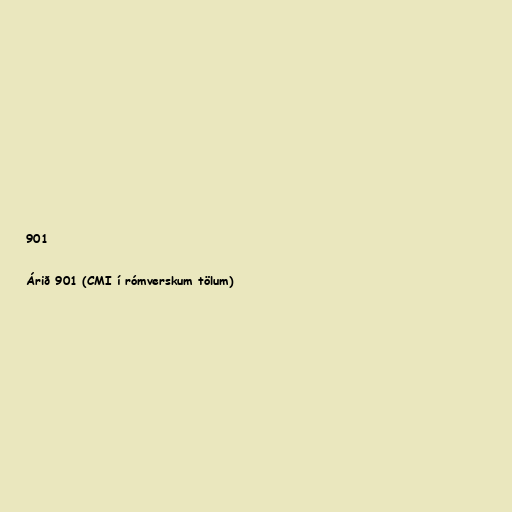
901

Árið 901 (CMI í rómverskum tölum)